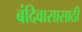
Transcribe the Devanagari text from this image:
बंदिवासासाठी